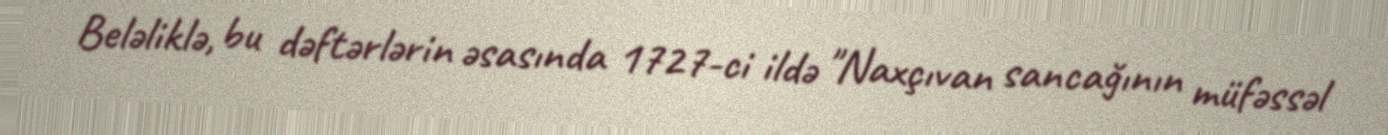
Beləliklə, bu dəftərlərin əsasında 1727-ci ildə "Naxçıvan sancağının müfəssəl